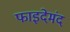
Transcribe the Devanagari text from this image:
फाइदेमंद